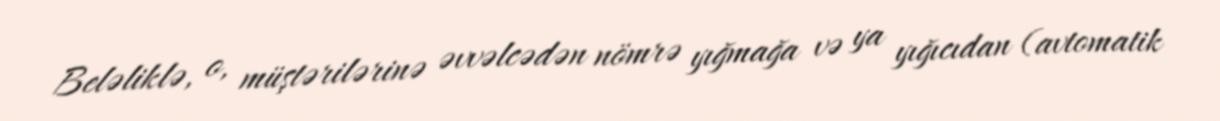
Beləliklə, o, müştərilərinə əvvəlcədən nömrə yığmağa və ya yığıcıdan (avtomatik